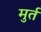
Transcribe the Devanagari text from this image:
मुर्त